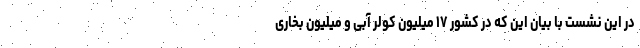
در این نشست با بیان این که در کشور ۱۷ میلیون کولر آبی و میلیون بخاری